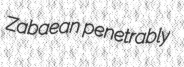
Zabaean penetrably